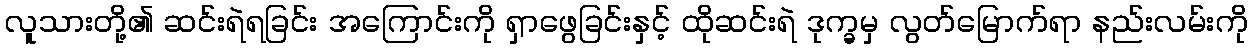
လူသားတို့၏ ဆင်းရဲရခြင်း အကြောင်းကို ရှာဖွေခြင်းနှင့် ထိုဆင်းရဲ ဒုက္ခမှ လွတ်မြောက်ရာ နည်းလမ်းကို